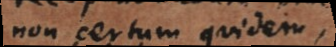
non certum quidem,